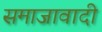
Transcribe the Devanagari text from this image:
समाजावादी